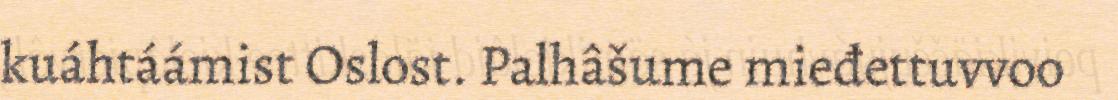
kuáhtáámist Oslost. Palhâšume mieđettuvvoo